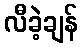
လီခဲ့ချန်